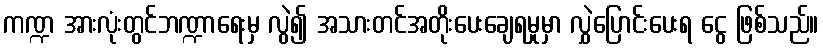
ကဏ္ဍ အားလုံးတွင်ဘဏ္ဍာရေးမှ လွဲ၍ အသားတင်အတိုးပေးချေရမှုမှာ လွှဲပြောင်းပေးရ ငွေ ဖြစ်သည်။